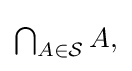
{\textstyle \bigcap _{A\in {\mathcal {S}}}A,}